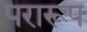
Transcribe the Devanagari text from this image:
परारूप